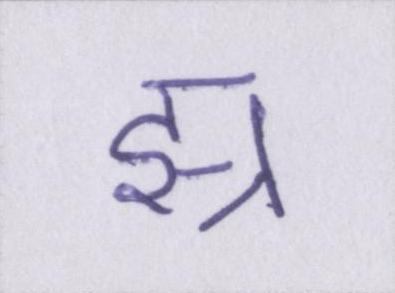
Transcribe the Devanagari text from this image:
झ्र